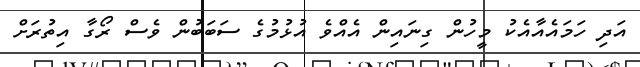
އަދި ހަމައެއާއެކު މީހުން ގިނައިން އެއްވެ އުޅުމުގެ ސަބަބުން ވެސް ރޯގާ އިތުރަށް